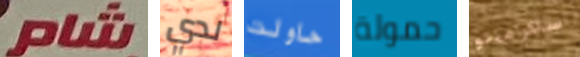
شام لدي حاولت حمولة ساكرامنتو